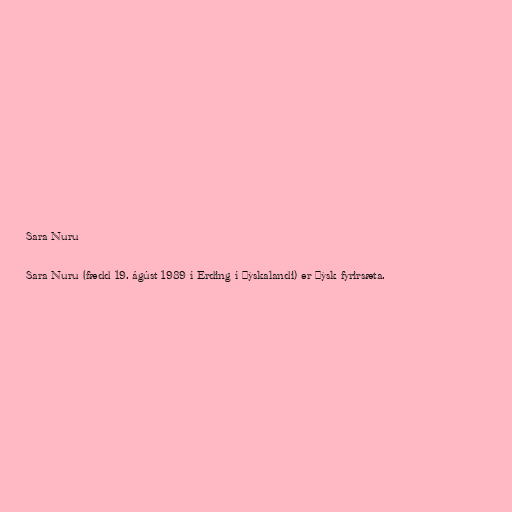
Sara Nuru

Sara Nuru (fædd 19. ágúst 1989 í Erding í Þýskalandi) er þýsk fyrirsæta.